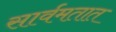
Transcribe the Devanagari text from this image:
सार्वमतात